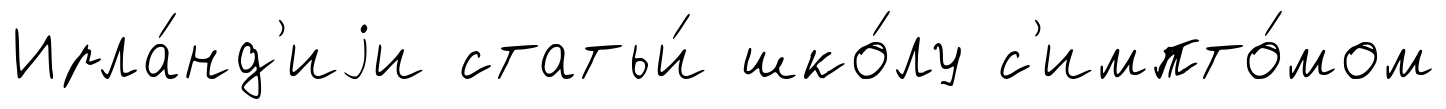
Ирла́нд'иjи статьи́ шко́лу с'импто́мом